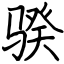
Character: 骙